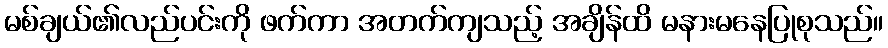
မစ်ချယ်၏လည်ပင်းကို ဖက်ကာ အတက်ကျသည့် အချိန်ထိ မနားမနေပြုစုသည်။